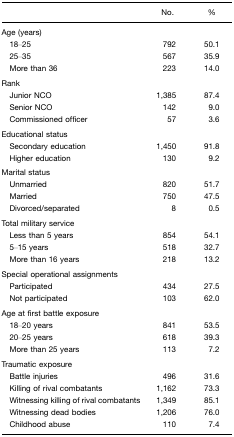
<table><thead><tr><td></td><td><b>No.</b></td><td><b>%</b></td></tr></thead><tbody><tr><td>Age (years)</td><td></td><td></td></tr><tr><td> 18–25</td><td>792</td><td>50.1</td></tr><tr><td> 25–35</td><td>567</td><td>35.9</td></tr><tr><td> More than 36</td><td>223</td><td>14.0</td></tr><tr><td>Rank</td><td></td><td></td></tr><tr><td> Junior NCO</td><td>1,385</td><td>87.4</td></tr><tr><td> Senior NCO</td><td>142</td><td>9.0</td></tr><tr><td> Commissioned officer</td><td>57</td><td>3.6</td></tr><tr><td>Educational status</td><td></td><td></td></tr><tr><td> Secondary education</td><td>1,450</td><td>91.8</td></tr><tr><td> Higher education</td><td>130</td><td>9.2</td></tr><tr><td>Marital status</td><td></td><td></td></tr><tr><td> Unmarried</td><td>820</td><td>51.7</td></tr><tr><td> Married</td><td>750</td><td>47.5</td></tr><tr><td> Divorced/separated</td><td>8</td><td>0.5</td></tr><tr><td>Total military service</td><td></td><td></td></tr><tr><td> Less than 5 years</td><td>854</td><td>54.1</td></tr><tr><td> 5–15 years</td><td>518</td><td>32.7</td></tr><tr><td> More than 16 years</td><td>218</td><td>13.2</td></tr><tr><td>Special operational assignments</td><td></td><td></td></tr><tr><td> Participated</td><td>434</td><td>27.5</td></tr><tr><td> Not participated</td><td>103</td><td>62.0</td></tr><tr><td>Age at first battle exposure</td><td></td><td></td></tr><tr><td> 18–20 years</td><td>841</td><td>53.5</td></tr><tr><td> 20–25 years</td><td>618</td><td>39.3</td></tr><tr><td> More than 25 years</td><td>113</td><td>7.2</td></tr><tr><td>Traumatic exposure</td><td></td><td></td></tr><tr><td> Battle injuries</td><td>496</td><td>31.6</td></tr><tr><td> Killing of rival combatants</td><td>1,162</td><td>73.3</td></tr><tr><td> Witnessing killing of rival combatants</td><td>1,349</td><td>85.1</td></tr><tr><td> Witnessing dead bodies</td><td>1,206</td><td>76.0</td></tr><tr><td> Childhood abuse</td><td>110</td><td>7.4</td></tr></tbody></table>